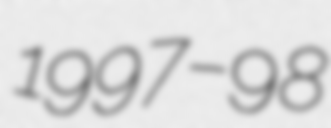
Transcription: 1997–98